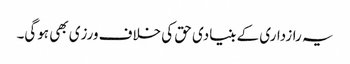
یہ رازداری کے بنیادی حق کی خلاف ورزی بھی ہوگی۔